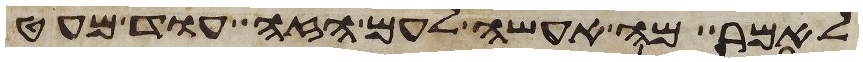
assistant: לאמר מה אעשה לעם הזה עוד מעט